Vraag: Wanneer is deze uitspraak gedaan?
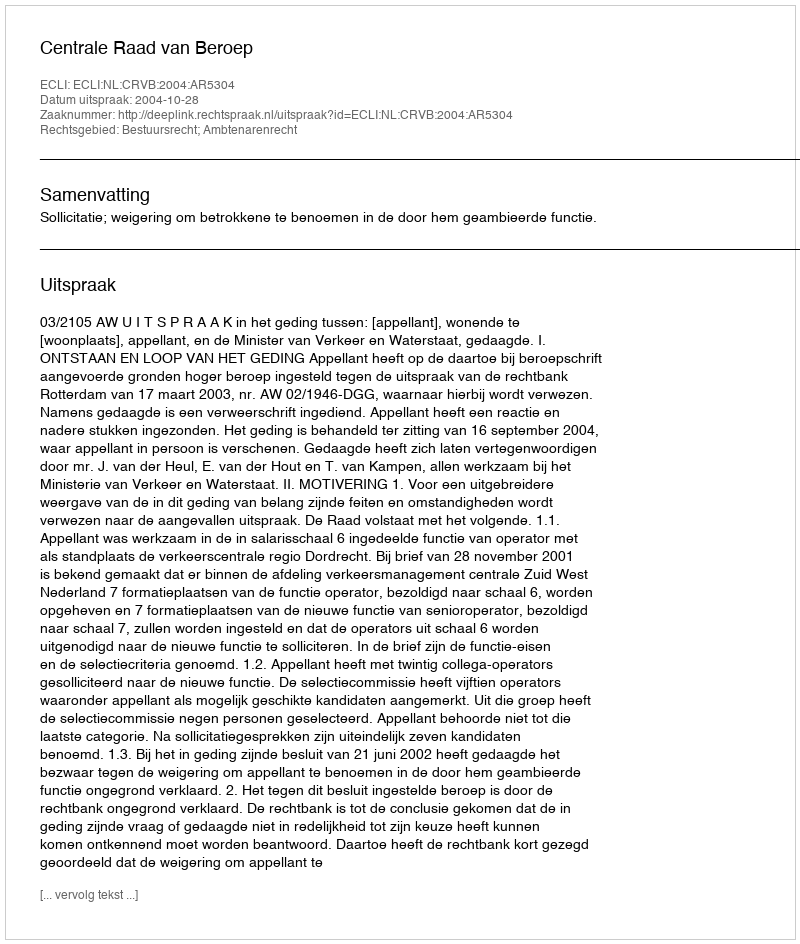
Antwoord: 2004-10-28